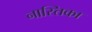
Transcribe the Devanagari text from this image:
नास्तिका